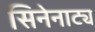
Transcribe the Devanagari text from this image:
सिनेनाट्य